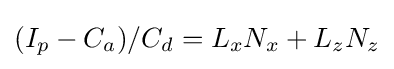
(I_{p}-C_{a})/C_{d}=L_{x}N_{x}+L_{z}N_{z}